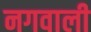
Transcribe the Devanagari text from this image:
नगवाली